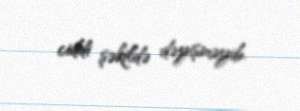
ciddi şəkildə dəyişməyib.